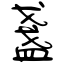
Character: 盞